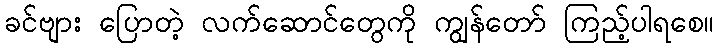
ခင်ဗျား ပြောတဲ့ လက်ဆောင်တွေကို ကျွန်တော် ကြည့်ပါရစေ။